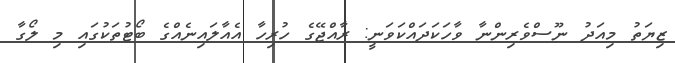
ޒިޔަތު މިއަދު ނޫސްވެރިންނާ ވާހަކަދައްކަވަނީ: ރާއްޖޭގެ ހުރިހާ އެއާލައިނެއްގެ ބޯޓުތަކުގައި މި ލޯގާ